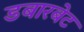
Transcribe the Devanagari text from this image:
डबारबेट